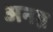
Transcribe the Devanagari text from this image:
अनग्न